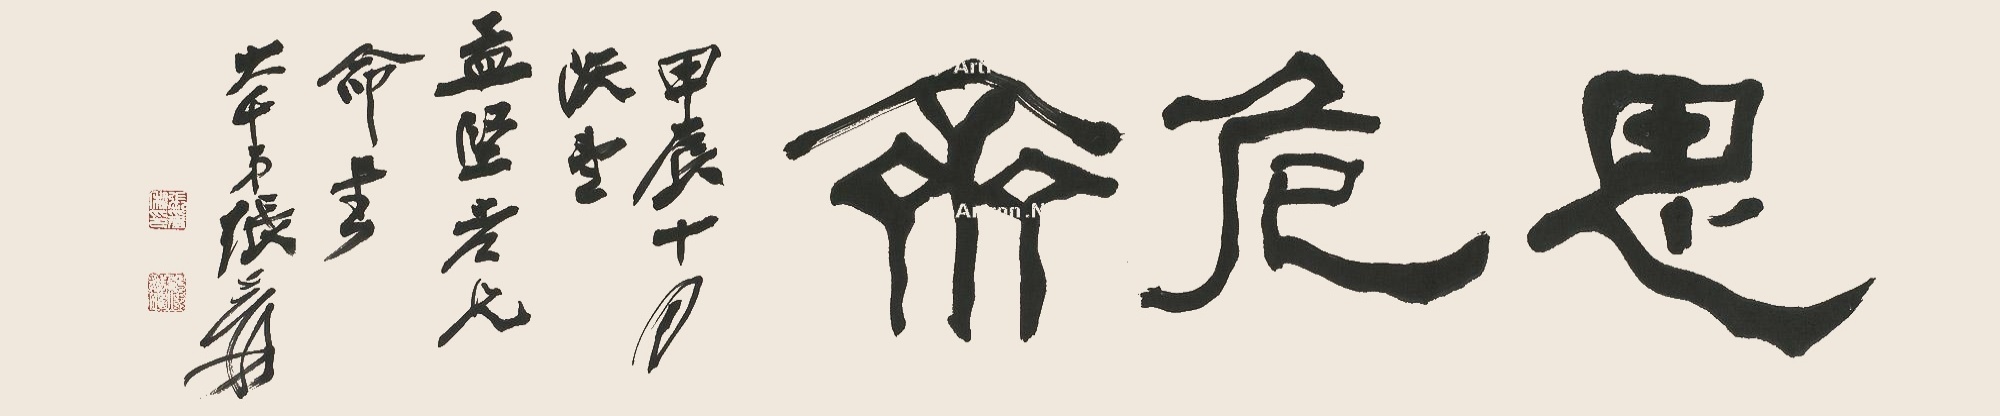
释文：思危斋。甲辰十月既望，孟坚老兄命书，大千弟张爰。